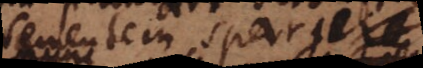
sementem spargere